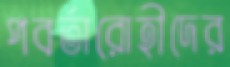
পবর্তারোহীদের